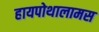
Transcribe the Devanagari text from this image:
हायपोथालामस